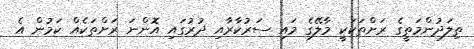
ތިލަދުންމަތީގެ ރަށްތަަކަކީ މާލޭގެ މައި ސަރުކާރާއި ދުރުގައި އޮންނަ ރަށްތަކެއް ކަމުން އެ